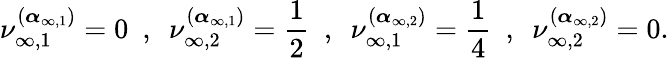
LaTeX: \nu_{\infty,1}^{(\boldsymbol{\alpha}_{{\infty,1}})}=0\, \, \, ,\, \, \, \nu_{\infty,2}^{(\boldsymbol{\alpha}_{{\infty,1}})}=\frac{1}{2}\, \, \, ,\, \, \, \nu_{\infty,1}^{(\boldsymbol{\alpha}_{{\infty,2}})}=\frac{1}{4}\, \, \, ,\, \, \, \nu_{\infty,2}^{(\boldsymbol{\alpha}_{{\infty,2}})}=0.